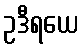
ဥဒီရယေ